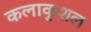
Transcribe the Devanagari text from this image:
कलाकुशल